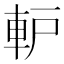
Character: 䡎